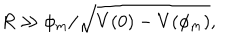
R \gg \phi _ { m } / \sqrt { V ( 0 ) - V ( \phi _ { m } ) } ,